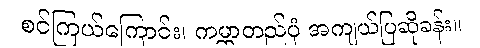
စင်ကြယ်ကြောင်း၊ ကမ္ဘာတည်ပုံ အကျယ်ပြဆိုခန်း။